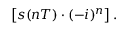
\left[ s ( n T ) \cdot ( - i ) ^ { n } \right] .